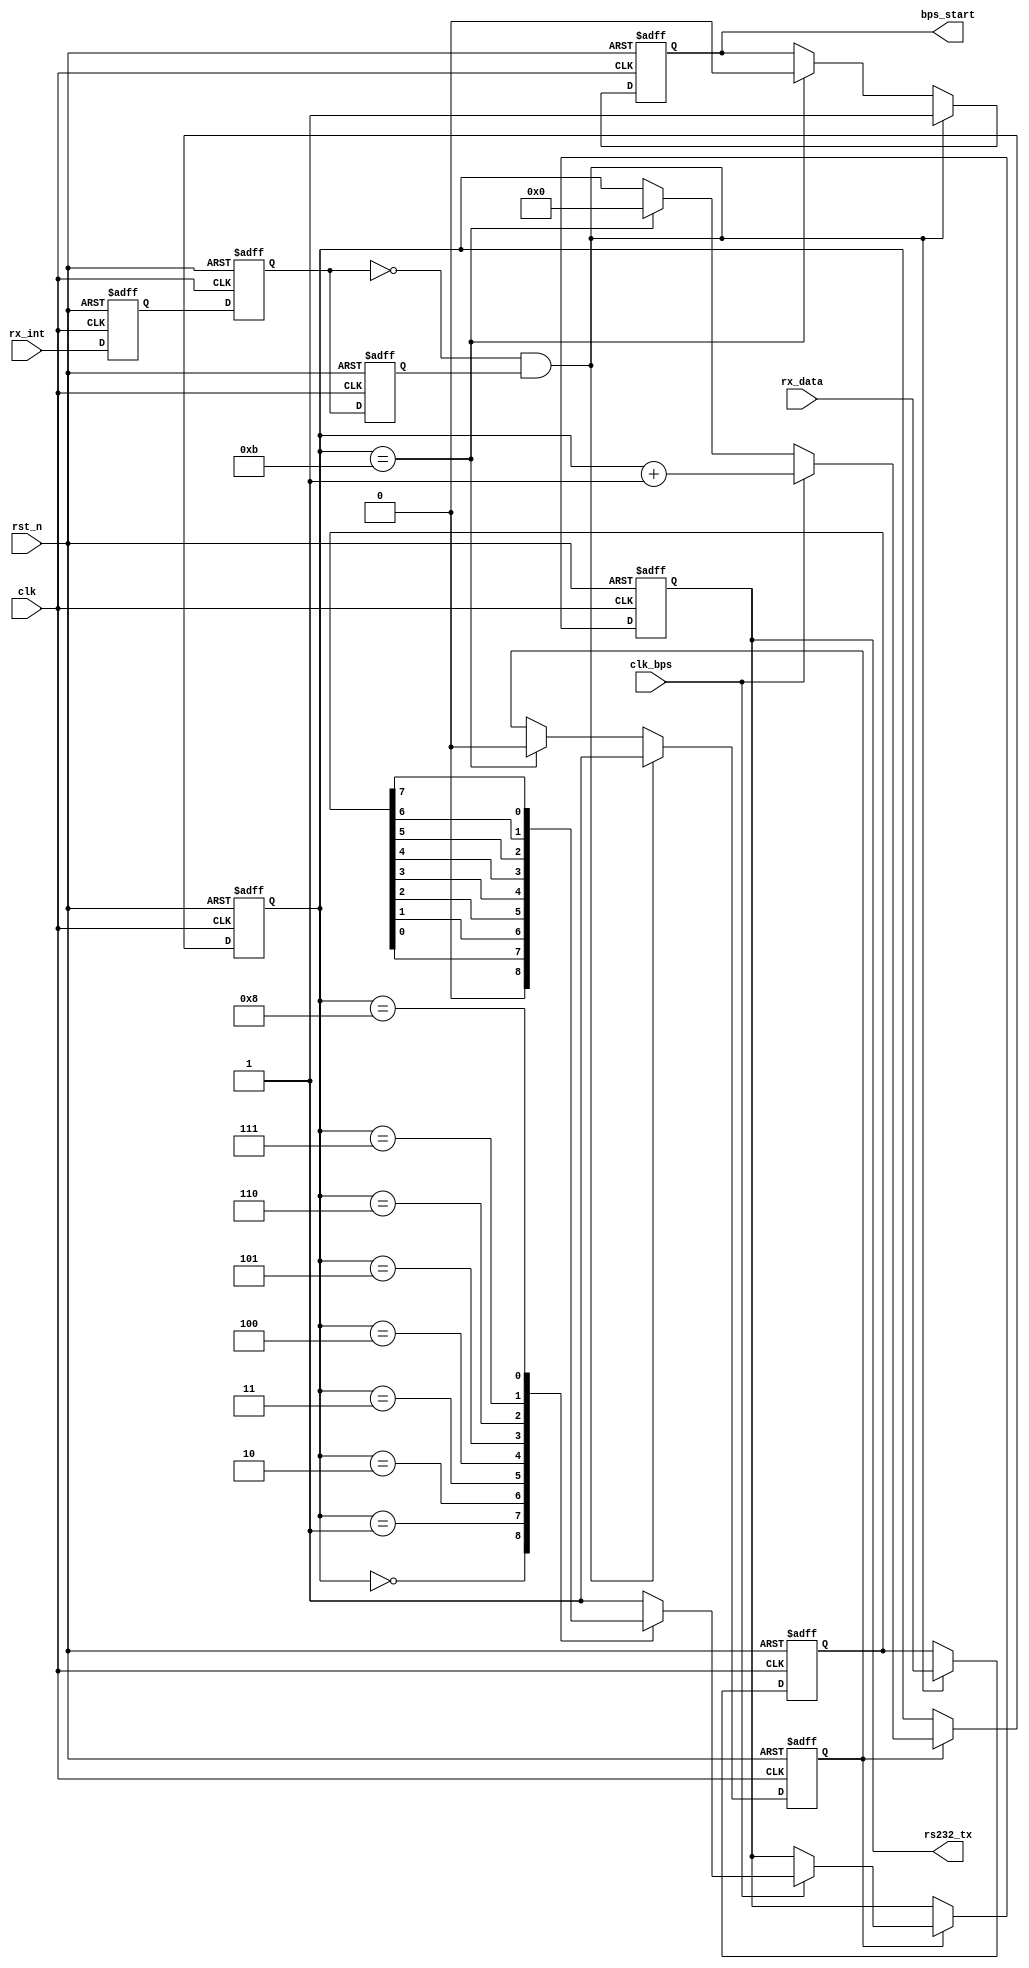
//----------------------------------------------------------------------------
//
// *File Name      :       uart_tx.v
// *Version        :
//                         1.0
// *Module Description:
//                         uart
//
// *Author(s)      :
//                        - Guodezheng cxhy1981@gmail.com,
// *LastChangeBy   :      guodezheng
// *CreatTime      :      2016-03-22 10:13:00
// *LastChangeTime :      2016-04-01 10:13:33
//----------------------------------------------------------------------------
`timescale 1ns / 1ps
module uart_tx(
                   clk         ,
                   rst_n       ,
                   rx_data     ,
                   rx_int      ,
                   rs232_tx    ,
                   clk_bps     ,
                   bps_start
            );

input clk;
input rst_n;
input clk_bps;
input[7:0] rx_data;
input rx_int;
output rs232_tx;
output bps_start;

//---------------------------------------------------------
reg rx_int0,rx_int1,rx_int2;    //rx_int
wire neg_rx_int;    // rx_int

always @ (posedge clk or negedge rst_n) begin
    if(!rst_n) begin
            rx_int0 <= 1'b0;
            rx_int1 <= 1'b0;
            rx_int2 <= 1'b0;
        end
    else begin
            rx_int0 <= rx_int;
            rx_int1 <= rx_int0;
            rx_int2 <= rx_int1;
        end
end

assign neg_rx_int =  ~rx_int1 & rx_int2;    //neg_rx_int

//---------------------------------------------------------
reg[7:0] tx_data;   //
//---------------------------------------------------------
reg bps_start_r;
reg tx_en;  //
reg[3:0] num;

always @ (posedge clk or negedge rst_n) begin
    if(!rst_n) begin
            bps_start_r <= 1'bz;
            tx_en <= 1'b0;
            tx_data <= 8'd0;
        end
    else if(neg_rx_int) begin
            bps_start_r <= 1'b1;
            tx_data <= rx_data;
            tx_en <= 1'b1;
        end
    else if(num==4'd11) begin
            bps_start_r <= 1'b0;
            tx_en <= 1'b0;
        end
end

assign bps_start = bps_start_r;

//---------------------------------------------------------
reg rs232_tx_r;

always @ (posedge clk or negedge rst_n) begin
    if(!rst_n) begin
            num <= 4'd0;
            rs232_tx_r <= 1'b1;
        end
    else if(tx_en) begin
            if(clk_bps) begin
                    num <= num+1'b1;
                    case (num)
                        4'd0: rs232_tx_r <= 1'b0;   //
                        4'd1: rs232_tx_r <= tx_data[0]; //bit0
                        4'd2: rs232_tx_r <= tx_data[1]; //bit1
                        4'd3: rs232_tx_r <= tx_data[2]; //bit2
                        4'd4: rs232_tx_r <= tx_data[3]; //bit3
                        4'd5: rs232_tx_r <= tx_data[4]; //bit4
                        4'd6: rs232_tx_r <= tx_data[5]; //bit5
                        4'd7: rs232_tx_r <= tx_data[6]; //bit6
                        4'd8: rs232_tx_r <= tx_data[7]; //bit7
                        4'd9: rs232_tx_r <= 1'b1;   //
                        default: rs232_tx_r <= 1'b1;
                        endcase
                end
            else if(num==4'd11) num <= 4'd0;    //
        end
end

assign rs232_tx = rs232_tx_r;

endmodule